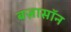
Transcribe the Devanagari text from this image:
बज़ासॉन